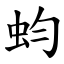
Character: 蚐